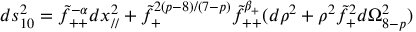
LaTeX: d s _ { 1 0 } ^ { 2 } = \tilde { f } _ { + + } ^ { - \alpha } d x _ { / / } ^ { 2 } + \tilde { f } _ { + } ^ { 2 ( p - 8 ) / ( 7 - p ) } \tilde { f } _ { + + } ^ { \beta _ { + } } ( d \rho ^ { 2 } + \rho ^ { 2 } \tilde { f } _ { + } ^ { 2 } d \Omega _ { 8 - p } ^ { 2 } )